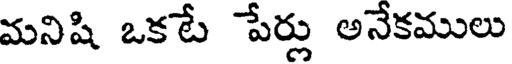
మనిషి ఒకటే పేర్లు అనేకములు